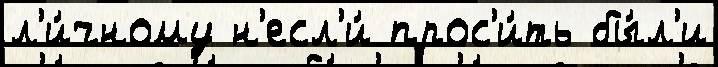
л'и́чному н'есл'и́ прос'и́ть бы́л'и